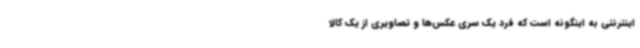
اینترنتی به اینگونه است که فرد یک سری عکس‌ها و تصاویری از یک کالا